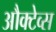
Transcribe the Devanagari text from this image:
औक्टेव्स